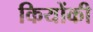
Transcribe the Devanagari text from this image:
कियोंकी